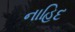
નાહિદ